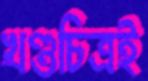
খণ্ডচিত্রই